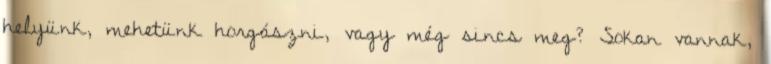
helyünk, mehetünk horgászni, vagy még sincs meg? Sokan vannak,